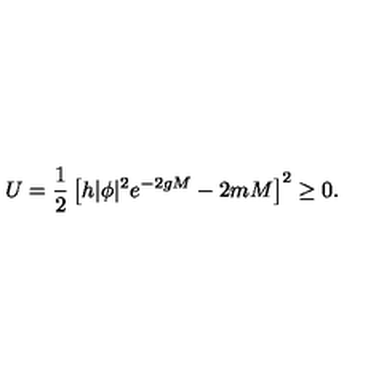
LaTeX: U = \frac { 1 } { 2 } \left[ h | \phi | ^ { 2 } e ^ { - 2 g M } - 2 m M \right] ^ { 2 } \geq 0 .